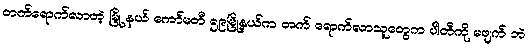
တက်ရောက်လာတဲ့ မြို့ နယ် ကော်မတီ ၅၉မြို့နယ်က တက် ရောက်လာသူတွေက ပါတီကို မဖျက် ဘဲ